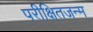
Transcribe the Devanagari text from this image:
परीक्षितजन्म